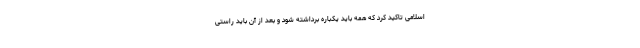
اسلامی تاکید کرد که همه باید یکباره برداشته شود و بعد از آن باید راستی